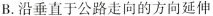
B.沿垂直于公路走向的方向延伸